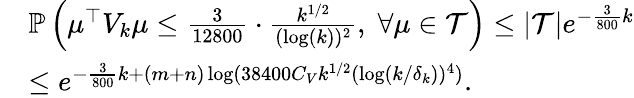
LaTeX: \begin{array}{rl}&{\mathbb{P}\left(\mu^{\top}V_{k}\mu\leq\frac{3}{12800}\cdot\frac{k^{1/2}}{(\log(k))^{2}},\; \forall\mu\in\mathcal{T}\right)\leq|\mathcal{T}|e^{-\frac{3}{800}k}}\\ &{\leq e^{-\frac{3}{800}k+(m+n)\log(38400C_{V}k^{1/2}(\log(k/\delta_{k}))^{4})}.}\end{array}